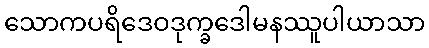
သောကပရိဒေဝဒုက္ခဒေါမနဿူပါယာသာ